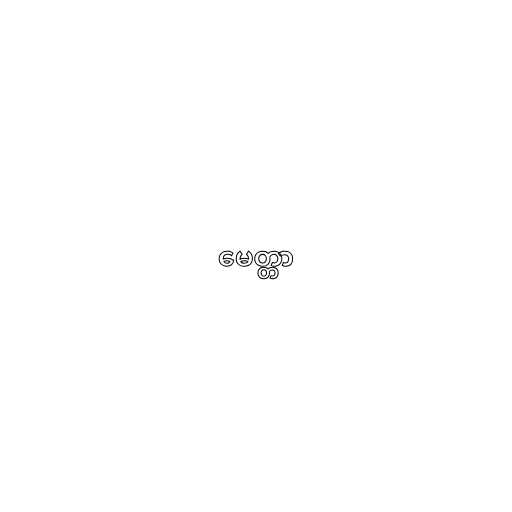
မေတ္တာ